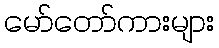
မော်တော်ကားများ